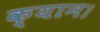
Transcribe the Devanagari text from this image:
क्यान।